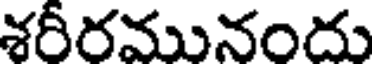
శరీరమునందు